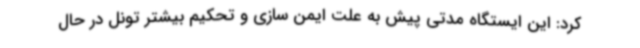
کرد: این ایستگاه مدتی پیش به علت ایمن سازی و تحکیم بیشتر تونل در حال